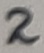
Text: 2